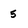
Character: 5